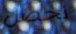
نحصل